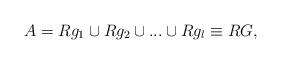
LaTeX: \begin{align*}A=Rg_{1}\cup Rg_{2}\cup ...\cup Rg_{l}\equiv RG,\end{align*}